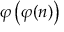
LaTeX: \varphi \left( \varphi ( n ) \right)